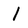
Character: l